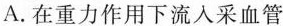
A.在重力作用下流入采血管